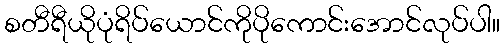
စတီရီယိုပုံရိပ်ယောင်ကိုပိုကောင်းအောင်လုပ်ပါ။